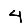
Digit: 4